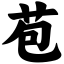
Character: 苞